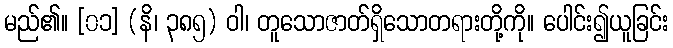
မည်၏။ [၀၁] (နိ၊ ၃၈၅) ဝါ၊ တူသောဇာတ်ရှိသောတရားတို့ကို။ ပေါင်း၍ယူခြင်း